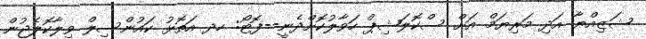
ޝަޒިއްޔާ އަދި މަރިޔަމް އަށް ސްކޮލަޝިޕް ހަވާލުކޮށްދެނީ--ފޮޓޯ: ހދ އަތޮޅު ކައުންސިލް ވިލާކޮލެޖުން